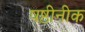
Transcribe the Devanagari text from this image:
षष्ठीनीक